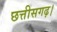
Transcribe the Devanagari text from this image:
छत्तीसगढ़।